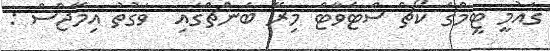
ގައުމީ ޓީމްގެ ކޯޗް ސްޓެވާޓް މިރޭ ބެންޗްގައި  ވަގުތު އިމޭޖްސް :